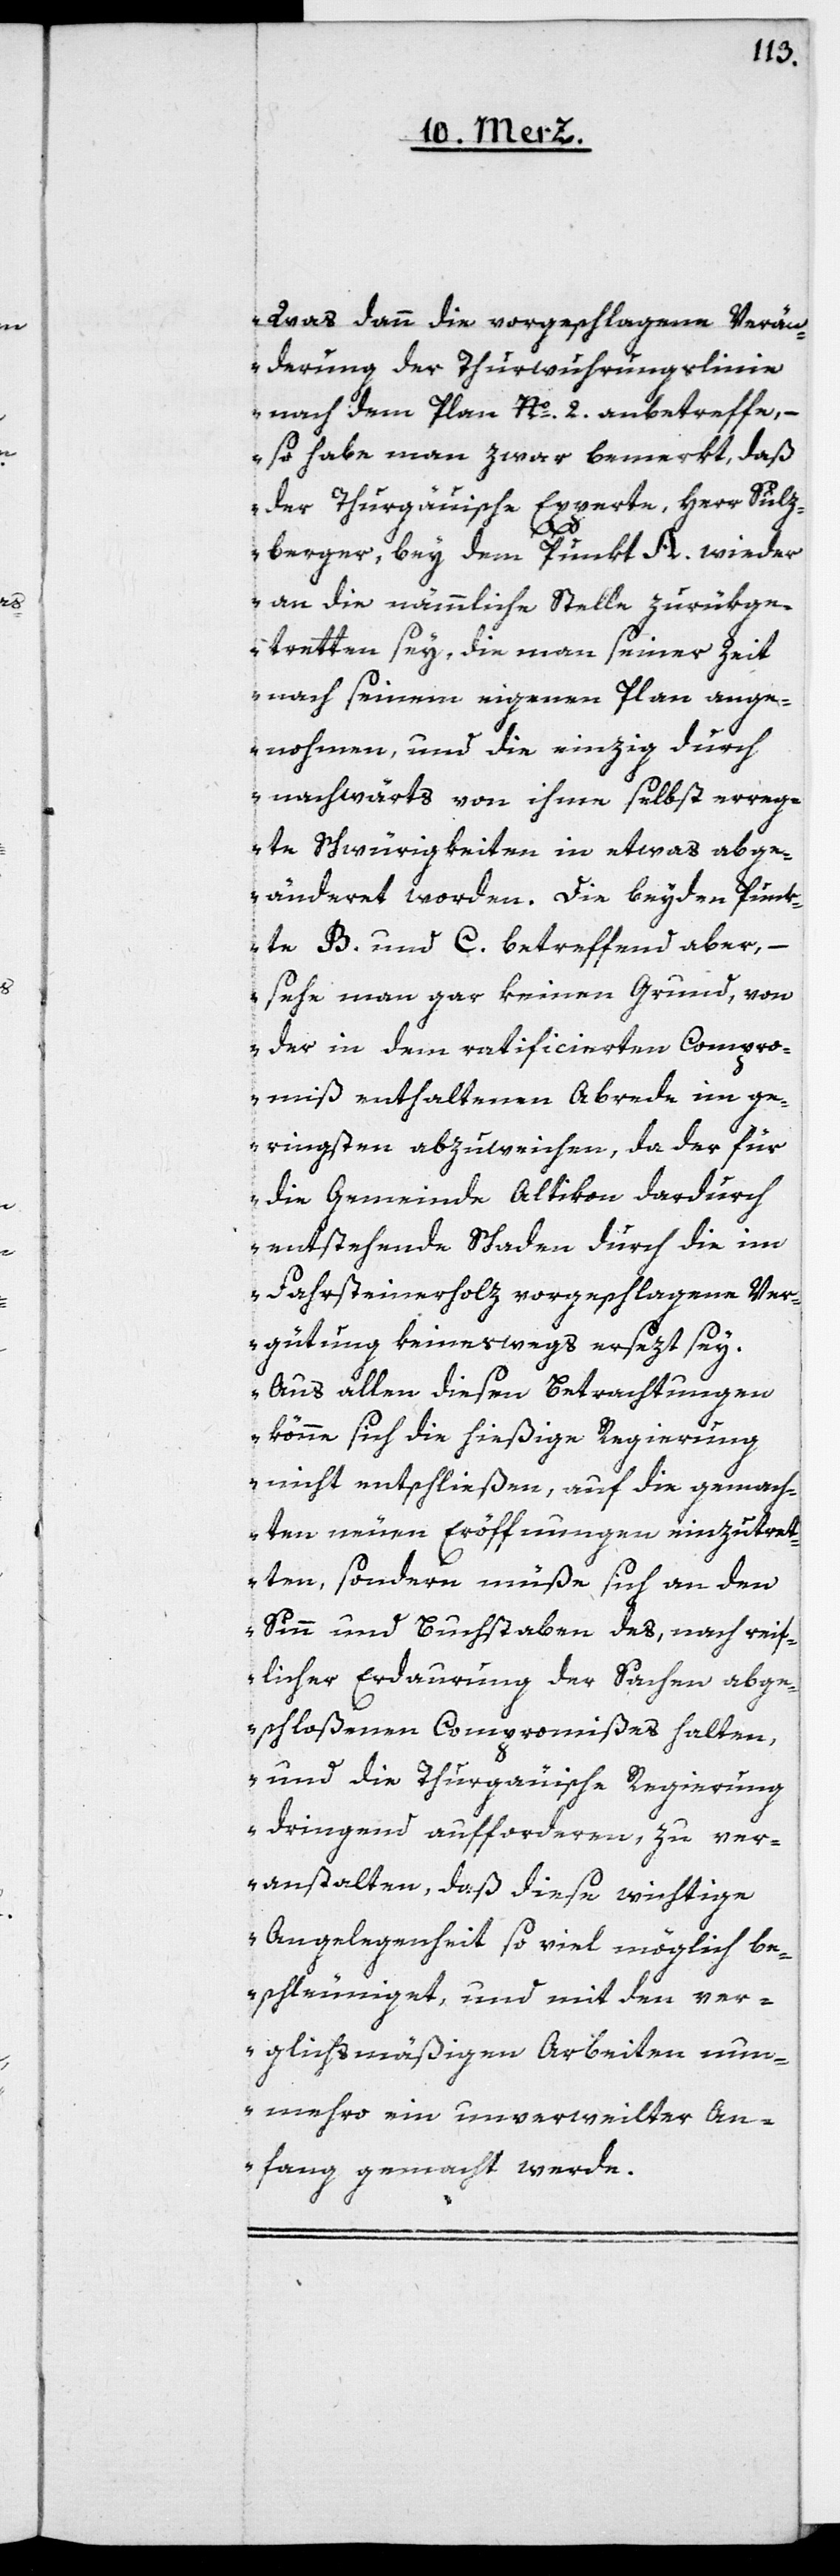
Was dann die vorgeschlagene Verän¬
derung der Thurwuhrungslinie
nach dem Plan Nº. 2. anbetreffe, –
so habe man zwar bemerkt, daß
der Thurgäuische Experte, Herr Sulz¬
berger, bey dem Punkt A. wieder
an die nämmliche Stelle zurükge¬
tretten sey, die man seiner Zeit
nach seinem eigenen Plan ange¬
nommen, und die einzig durch
nachwärts von ihme selbst erreg¬
te Schwürigkeiten in etwas abge¬
änderet worden. Die beyden Punk¬
te B. und C. betreffend aber, –
sehe man gar keinen Grund, von
der in dem ratificierten Compro¬
miß enthaltenen Abrede im ge¬
ringsten abzuweichen, da der für
die Gemeinde Altikon dardurch
entstehende Schaden durch die im
Fahrsteinerholz vorgeschlagene Ver¬
gütung keineswegs ersezt sey.
Aus allen diesen Betrachtungen
könne sich die hießige Regierung
nicht entschließen, auf die gemach¬
ten neuen Eröffnungen einzutret¬
ten, sondern müße sich an den
Sinn und Buchstaben des, nach reif¬
licher Erdaurung der Sachen abge¬
schloßenen Compromißes halten,
und die Thurgäuische Regierung
dringend aufforderen, zu ver¬
anstalten, daß diese wichtige
Angelegenheit so viel möglich be¬
schleuniget, und mit den ver¬
gleichsmäßigen Arbeiten nun¬
mehro ein unverweilter An¬
fang gemacht werde“.